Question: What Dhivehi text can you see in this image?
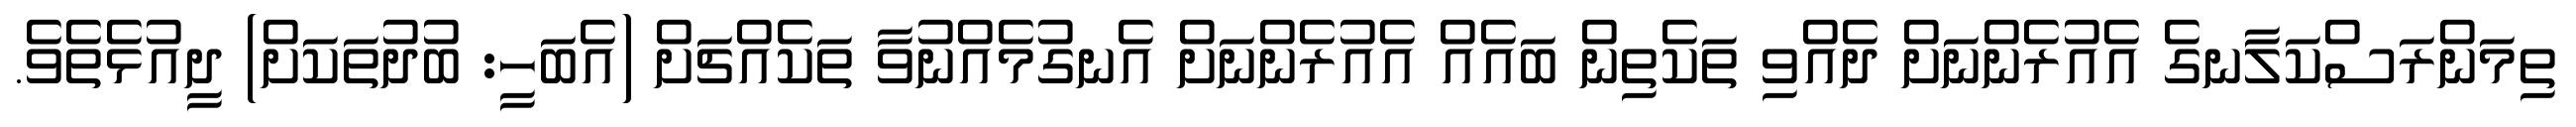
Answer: ތިމަންރަސްކަލާނގެ އެއުރެންނަށް ދެއްވި ތަކެތިން ބައެއް އެއުރެންނަށް އެނގުމެއްނުވާ ތަކެއްޗަށް (އެބަހީ: ބުދުތަކަށް) ދީއުޅެތެވެ.